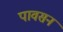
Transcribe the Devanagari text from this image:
पावसन